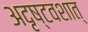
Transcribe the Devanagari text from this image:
अदृष्टवशात्‌